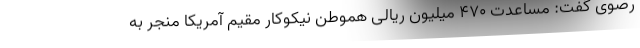
رضوی گفت: مساعدت ۴۷۰ میلیون ریالی هموطن نیکوکار مقیم آمریکا منجر به